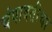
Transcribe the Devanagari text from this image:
चंपावतीचा